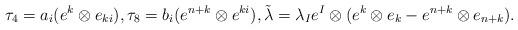
LaTeX: \begin{align*} \tau_4 = a_i(e^k\otimes e_{ki}),\tau_8=b_i(e^{n+k}\otimes e^{ki}), \tilde\lambda = \lambda_I e^I\otimes (e^k\otimes e_k - e^{n+k}\otimes e_{n+k}).\end{align*}